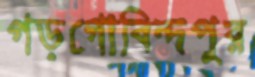
গড়গোবিন্দপুর